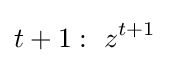
t+1:\ z^{t+1}